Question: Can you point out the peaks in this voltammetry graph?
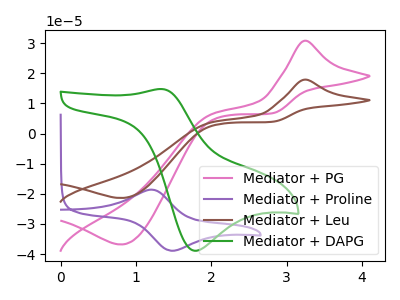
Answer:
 <answer>The pink curve "Mediator + PG" has an anodic peak at (3.25V, 30.80uA) and a cathodic peak at (0.80V, -36.80uA). The purple curve "Mediator + Proline" has an anodic peak at (1.20V, -18.60uA) and a cathodic peak at (1.45V, -38.90uA). The brown curve "Mediator + Leu" has an anodic peak at (3.25V, 17.90uA) and a cathodic peak at (0.80V, -21.40uA). The green curve "Mediator + DAPG" has an anodic peak at (1.35V, 14.75uA) and a cathodic peak at (1.80V, -38.90uA).</answer>
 <eval></eval>